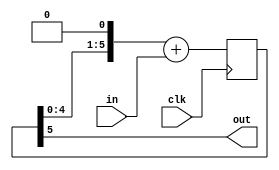
module delay(in, clk, out);
input in;
input clk;
output out;
reg [5:0]waiting;

assign out = waiting[5];
//
initial
begin
	waiting = 0;
end


always@(posedge clk)
begin
	waiting = (waiting<<1) + in;
end

endmodule